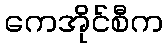
ကေအိုင်စီက